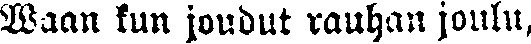
Waan kun joudut rauhan joulu,